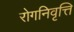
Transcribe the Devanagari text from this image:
रोगनिवृत्ति